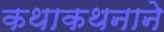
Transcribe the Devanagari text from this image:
कथाकथनाने